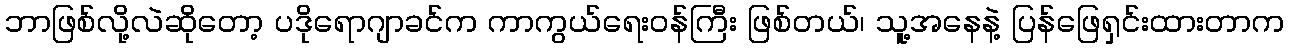
ဘာဖြစ်လို့လဲဆိုတော့ ပဒိုရောဂျာခင်က ကာကွယ်ရေးဝန်ကြီး ဖြစ်တယ်၊ သူ့အနေနဲ့ ပြန်ဖြေရှင်းထားတာက